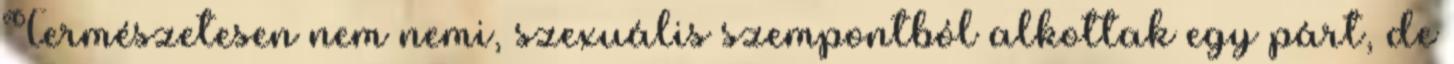
Természetesen nem nemi, szexuális szempontból alkottak egy párt, de